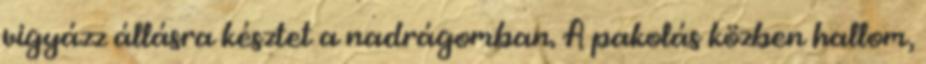
vigyázz állásra késztet a nadrágomban. A pakolás közben hallom,